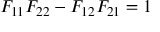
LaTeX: F _ { 1 1 } F _ { 2 2 } - F _ { 1 2 } F _ { 2 1 } = 1